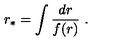
r _ { \ast } = \int \frac { d r } { f ( r ) } \ .